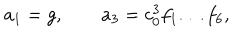
LaTeX: a _ { 1 } = g , \qquad a _ { 3 } = c _ { 0 } ^ { 3 } f _ { 1 } \dots f _ { 6 } ,